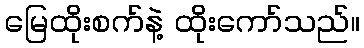
မြေထိုးစက်နဲ့ ထိုးကော်သည်။